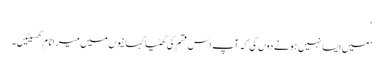
‘
’میں ایسا نہیں ہونے دوں گی کہ آپ اس قسم کی گھٹیا کہانیوں میں میرا نام گھسیٹیں۔